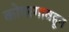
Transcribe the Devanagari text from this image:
कोपरगावहून